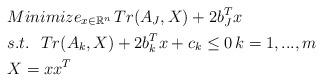
LaTeX: \begin{align*} & Minimize_{ x\in \mathbb{R}^n}\, Tr(A_J,X)+2b_J^Tx\\ &s.t.\ \ Tr(A_k,X)+2b_k^Tx+c_k\le0\,k=1,...,m\\ &X=xx^T \end{align*}